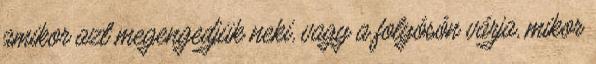
amikor azt megengedjük neki, vagy a folyósón várja, mikor